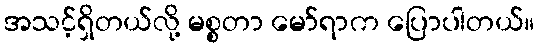
အသင့်ရှိတယ်လို့ မစ္စတာ မော်ရာက ပြောပါတယ်။